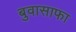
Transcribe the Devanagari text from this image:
बुवासाफा